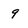
Character: 9